Annual statistical returns and brief notes on vaccination in Bengal - 1887-1898
Year: 1887
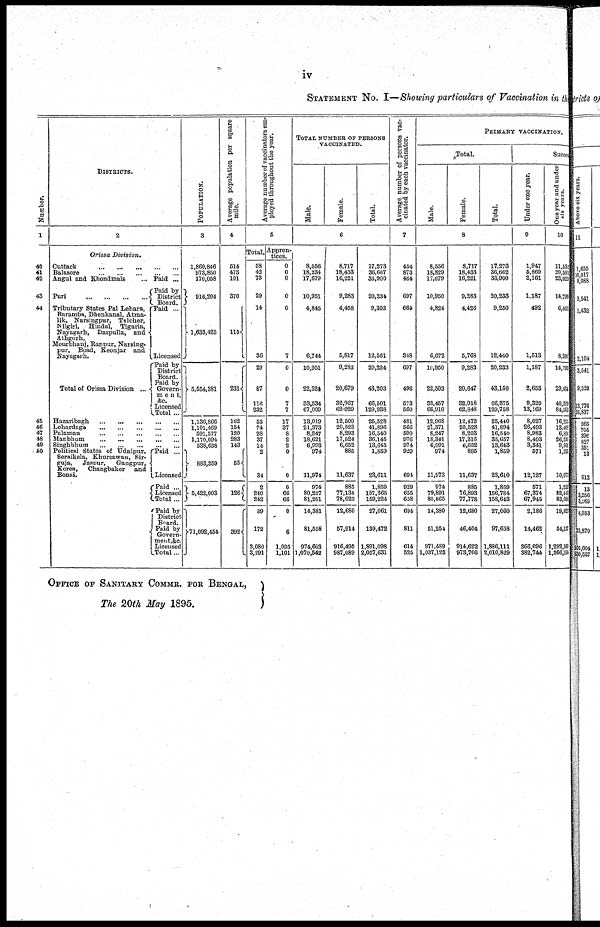
iv
STATEMENT No. I—Showing particulars of Vaccination in the
Number.
l
40
41
42
43
44
45
46
47
48
49
50
DISTRICTS.
2
Orissa Division.
Cuttack
...
...
...
...
...
Balasore
...
...
...
...
...
Angul and Khondmals ...
Puri
...
...
...
...
Tributary States Pal Lehara,
Baramba, Dhenkanal, Atma¬
lik, Narsingpar, Talcher,
Nilgiri,
Hindal, Tigaria,
Nayagarh, Daspulla, and
Athgurh.
Mourbhanj, Ranpur, Narsing¬
pur, Boad, Keonjar and
Nayagarh.
Total of Orissa Division ...
Paid ...
Paid by
District
Board.
Paid ...
Licensed
Paid by
District
Board.
Paid by
Govern¬
ment, &c.
Licensed
Total ...
Hazaribagh ... ... ... ... ...
Lohardaga
...
...
...
...
...
Palamau ... ... ... ... ...
Manbhum
...
...
...
...
...
Singhbhum ... ... ... ... ...
Political States of Udaipur,
Seraikela, Khursawan, Sir¬
guja, Jaspur, Gangpur,
Korea,
Changbaker and
Bonai.
Paid ...
Licensed
Paid ...
Licensed
Total ...
Paid by
District
Board.
Paid by
Govern¬
ment, &c.
Licensed
Total...
P OP ULATION.
3
1,860,846
973,850
170,058
916,204
1,633,423
5,554,381
1,136,866
1,101,469
591,577
1,170,094
538,638
883,359
5,422,003
71,092,464
Average population per square
mile.
4
514
473
101
370
115
231
162
154
120
283
143
55
126
392
Average number of vaccinators em-
ployed throughout the year.
5
Total.
38
42
73
29
14
36
29
87
116
232
53
74
28
37
14
2
34
2
240
242
39
172
3,080
3,291
Appren-
tices.
0
0
0
0
0
7
0
0
7
7
17
37
8
2
2
0
0
0
66
66
0
6
1,095
1,101
TOTAL NUMBER OF PERSONS
VACCINATED.
Male.
Female.
Total.
6
8,556
18,234
17,679
10,951
4,845
6,744
10,951
22,524
33,534
67,009
13,019
21,373
8,247
18,621
6,993
974
11,974
974
80,227
81,201
14,381
81,558
974,603
1,070,542
8,717
18,433
16,221
9,283
4,458
5,817
9,283
20,679
32,967
62,929
12,509
20,523
8,293
17,524
6,652
885
11,637
885
77,138
78,023
12,660
57,914
916,495
987,089
17,273
36,667
33,900
20,234
9,303
12,561
20,234
43,203
66,501
129,938
25,528
41,896
16,540
36,145
13,645
1,859
23,611
1,859
157,365
159,224
27,061
139,472
1,891,098
2,057,631
Average number of persons vac-
cinated by each vaccinator.
7
454
873
464
697
664
348
697
496
573
560
481
566
590
976
974
929
694
929
655
658
694
811
614
525
PRIMARY VACCINATION
Total.
Male.
Female.
Total.
8
8,556
18,829
17,679
10,950
4,824
6,672
10,950
22,503
33,457
66,910
12,968
21,371
8,247
18,341
6,991
974
11,973
974
79,891
80,865
14,380
51,254
971,489
1,037,123
8,717
18,433
16,221
9,283
4,426
5,768
9,283
20,647
32,918
62,848
12,472
20,523
8,293
17,316
6,652
885
11,637
885
76,893
77,778
12,680
46,404
914,622
973,706
17,273
36,662
38,900
20,233
9,250
12,440
20,233
43,150
66,375
129,758
25,440
41,894
16,540
35,657
13,643
1,859
23,610
1,859
156,784
158,643
27,060
97,658
1,886,111
2,010,829
Success
Under one year.
9
1,947
5,869
2,161
1,187
492
1,513
1,187
2,653
9,329
13,169
8,027
26,493
8,983
8,403
3,341
571
12,127
571
67,374
67,945
2,186
14,462
366,096
382,744
One year and under
six years.
10
11,532
20,501
23,029
14,789
6,405
8,296
14,799
29,434
40,329
84,568
16,255
13,402
6,824
26,238
9,663
1,238
10,077
1,239
82,448
83,688
19,821
54,18
1,292,100
1,366,124
OFFICE OF SANITARY COMMR. FOR BENGAL,
The 20th May 1895.